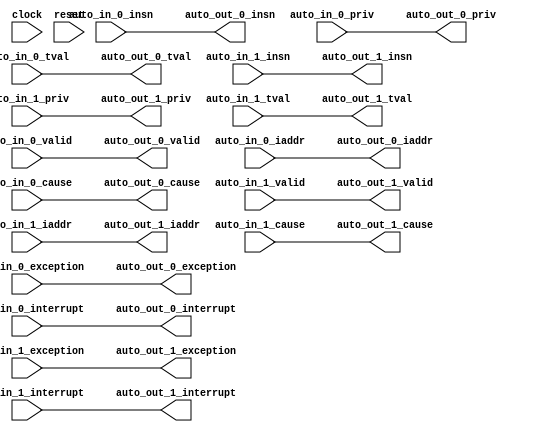
module BundleBridgeNexus_10(
  input         clock,
  input         reset,
  input         auto_in_0_valid,
  input  [39:0] auto_in_0_iaddr,
  input  [31:0] auto_in_0_insn,
  input  [2:0]  auto_in_0_priv,
  input         auto_in_0_exception,
  input         auto_in_0_interrupt,
  input  [63:0] auto_in_0_cause,
  input  [39:0] auto_in_0_tval,
  input         auto_in_1_valid,
  input  [39:0] auto_in_1_iaddr,
  input  [31:0] auto_in_1_insn,
  input  [2:0]  auto_in_1_priv,
  input         auto_in_1_exception,
  input         auto_in_1_interrupt,
  input  [63:0] auto_in_1_cause,
  input  [39:0] auto_in_1_tval,
  output        auto_out_0_valid,
  output [39:0] auto_out_0_iaddr,
  output [31:0] auto_out_0_insn,
  output [2:0]  auto_out_0_priv,
  output        auto_out_0_exception,
  output        auto_out_0_interrupt,
  output [63:0] auto_out_0_cause,
  output [39:0] auto_out_0_tval,
  output        auto_out_1_valid,
  output [39:0] auto_out_1_iaddr,
  output [31:0] auto_out_1_insn,
  output [2:0]  auto_out_1_priv,
  output        auto_out_1_exception,
  output        auto_out_1_interrupt,
  output [63:0] auto_out_1_cause,
  output [39:0] auto_out_1_tval
);
  assign auto_out_0_valid = auto_in_0_valid; // @[Nodes.scala 1210:84 LazyModule.scala 309:16]
  assign auto_out_0_iaddr = auto_in_0_iaddr; // @[Nodes.scala 1210:84 LazyModule.scala 309:16]
  assign auto_out_0_insn = auto_in_0_insn; // @[Nodes.scala 1210:84 LazyModule.scala 309:16]
  assign auto_out_0_priv = auto_in_0_priv; // @[Nodes.scala 1210:84 LazyModule.scala 309:16]
  assign auto_out_0_exception = auto_in_0_exception; // @[Nodes.scala 1210:84 LazyModule.scala 309:16]
  assign auto_out_0_interrupt = auto_in_0_interrupt; // @[Nodes.scala 1210:84 LazyModule.scala 309:16]
  assign auto_out_0_cause = auto_in_0_cause; // @[Nodes.scala 1210:84 LazyModule.scala 309:16]
  assign auto_out_0_tval = auto_in_0_tval; // @[Nodes.scala 1210:84 LazyModule.scala 309:16]
  assign auto_out_1_valid = auto_in_1_valid; // @[Nodes.scala 1210:84 LazyModule.scala 309:16]
  assign auto_out_1_iaddr = auto_in_1_iaddr; // @[Nodes.scala 1210:84 LazyModule.scala 309:16]
  assign auto_out_1_insn = auto_in_1_insn; // @[Nodes.scala 1210:84 LazyModule.scala 309:16]
  assign auto_out_1_priv = auto_in_1_priv; // @[Nodes.scala 1210:84 LazyModule.scala 309:16]
  assign auto_out_1_exception = auto_in_1_exception; // @[Nodes.scala 1210:84 LazyModule.scala 309:16]
  assign auto_out_1_interrupt = auto_in_1_interrupt; // @[Nodes.scala 1210:84 LazyModule.scala 309:16]
  assign auto_out_1_cause = auto_in_1_cause; // @[Nodes.scala 1210:84 LazyModule.scala 309:16]
  assign auto_out_1_tval = auto_in_1_tval; // @[Nodes.scala 1210:84 LazyModule.scala 309:16]
endmodule